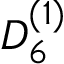
{ D } _ { 6 } ^ { ( 1 ) }